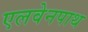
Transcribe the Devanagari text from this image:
एलवेनपाथ